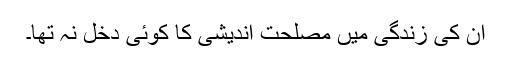
ان کی زندگی میں مصلحت اندیشی کا کوئی دخل نہ تھا۔